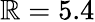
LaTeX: \mathbb{R}=5.4